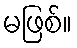
မဖြစ်။